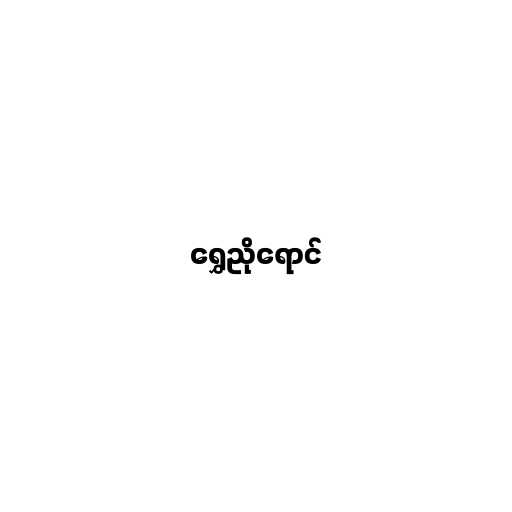
ရွှေညိုရောင်